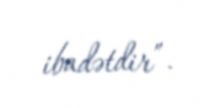
ibadətdir”.